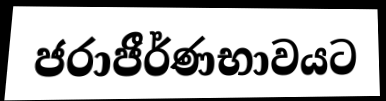
ජරාජීර්ණභාවයට